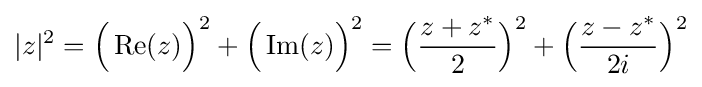
|z|^{2}={\Big (}\operatorname {Re} (z){\Big )}^{2}+{\Big (}\operatorname {Im} (z){\Big )}^{2}={\Big (}{\frac {z+z^{\ast }}{2}}{\Big )}^{2}+{\Big (}{\frac {z-z^{\ast }}{2i}}{\Big )}^{2}